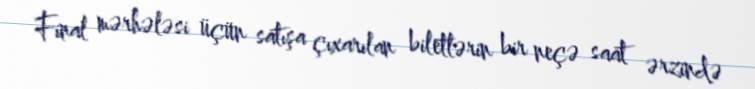
Final mərhələsi üçün satışa çıxarılan biletlərin bir neçə saat ərzində